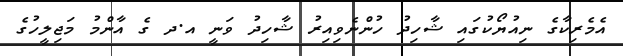
އެމެރިކާގެ ނިއުޔޯކުގައި ޝާހިދު ހުންނެވިއިރު ޝާހިދު ވަނީ އ.ދ ގެ އާންމު މަޖިލީހުގެ